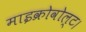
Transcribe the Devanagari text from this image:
माइक्रोवोल्ट।